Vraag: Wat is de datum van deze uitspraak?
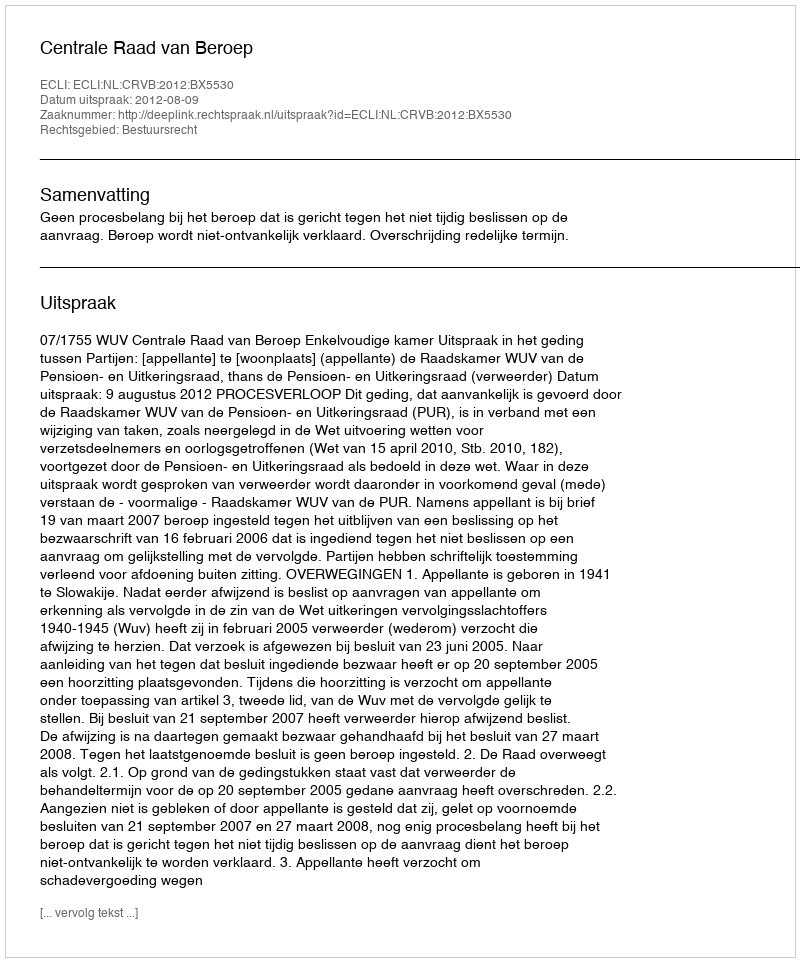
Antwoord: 2012-08-09